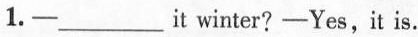
1.—___it winter?-Yes,it is.